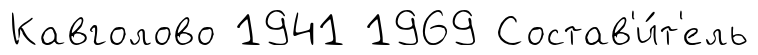
Кавголово 1941 1969 Состав'и́т'ель